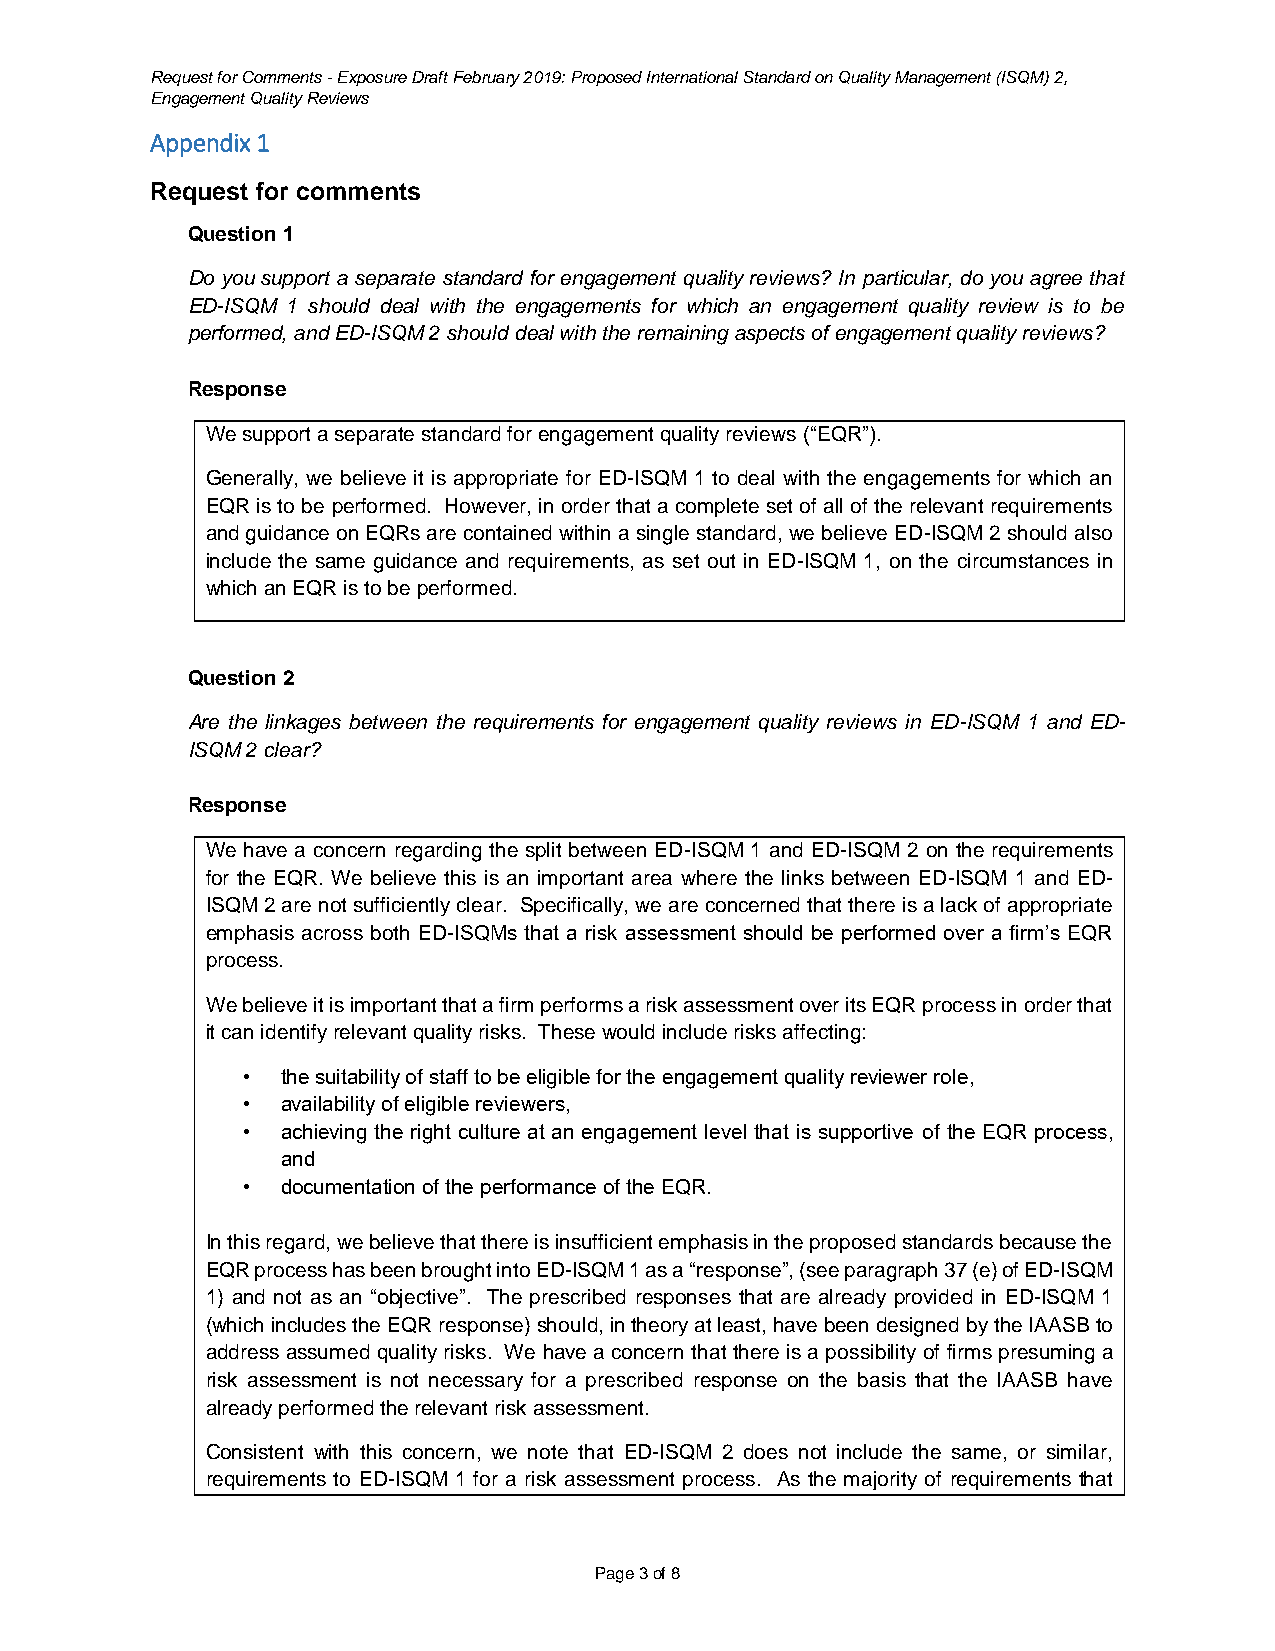
Request for Comments - Exposure Draft February 2019: Proposed International Standard on Quality Management (ISQM) 2,
 Engagement Quality Reviews
 Appendix 1
 Request for comments
 Question 1
 Do you support a separate standard for engagement quality reviews? In particular, do you agree that
 ED-ISQM 1 should deal with the engagements for which an engagement quality review is to be
 performed, and ED-ISQM 2 should deal with the remaining aspects of engagement quality reviews?
 Response
 We support a separate standard for engagement quality reviews (“EQR”).
 Generally, we believe it is appropriate for ED-ISQM 1 to deal with the engagements for which an
 EQR is to be performed. However, in order that a complete set of all of the relevant requirements
 and guidance on EQRs are contained within a single standard, we believe ED-ISQM 2 should also
 include the same guidance and requirements, as set out in ED-ISQM 1, on the circumstances in
 which an EQR is to be performed.
 Question 2
 Are the linkages between the requirements for engagement quality reviews in ED-ISQM 1 and ED-
 ISQM 2 clear?
 Response
 We have a concern regarding the split between ED-ISQM 1 and ED-ISQM 2 on the requirements
 for the EQR. We believe this is an important area where the links between ED-ISQM 1 and ED-
 ISQM 2 are not sufficiently clear. Specifically, we are concerned that there is a lack of appropriate
 emphasis across both ED-ISQMs that a risk assessment should be performed over a firm’s EQR
 process.
 We believe it is important that a firm performs a risk assessment over its EQR process in order that
 it can identify relevant quality risks. These would include risks affecting:
 •  the suitability of staff to be eligible for the engagement quality reviewer role,
 •  availability of eligible reviewers,
 •  achieving the right culture at an engagement level that is supportive of the EQR process,
 and
 •  documentation of the performance of the EQR.
 In this regard, we believe that there is insufficient emphasis in the proposed standards because the
 EQR process has been brought into ED-ISQM 1 as a “response”, (see paragraph 37 (e) of ED-ISQM
 1) and not as an “objective”. The prescribed responses that are already provided in ED-ISQM 1
 (which includes the EQR response) should, in theory at least, have been designed by the IAASB to
 address assumed quality risks. We have a concern that there is a possibility of firms presuming a
 risk assessment is not necessary for a prescribed response on the basis that the IAASB have
 already performed the relevant risk assessment.
 Consistent with this concern, we note that ED-ISQM 2 does not include the same, or similar,
 requirements to ED-ISQM 1 for a risk assessment process. As the majority of requirements that
 Page 3 of 8